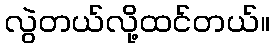
လွဲတယ်လို့ထင်တယ်။